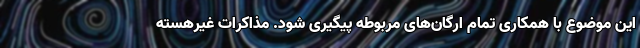
این موضوع با همکاری تمام ارگان‌های مربوطه پیگیری شود. مذاکرات غیرهسته